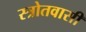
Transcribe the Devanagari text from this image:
स्त्रोतवासी